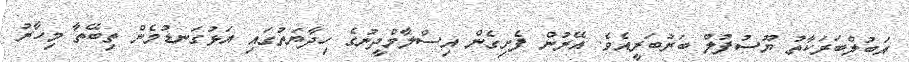
އަބުލްބަރަކާތު ޔޫސުފުލް ބަރުބަރީއެވެ. އޭރުން ފެށިގެން އިސްލާމްދީނުގެ ހިދާޔަތުގައި އަޅުގަނޑުމެން ތިބޭތާ މިހާރު